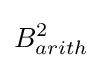
B_{arith}^{2}